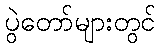
ပွဲတော်များတွင်